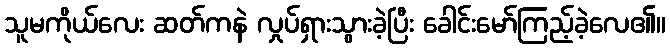
သူမကိုယ်လေး ဆတ်ကနဲ လှုပ်ရှားသွားခဲ့ပြီး ခေါင်းမော်ကြည့်ခဲ့လေ၏။